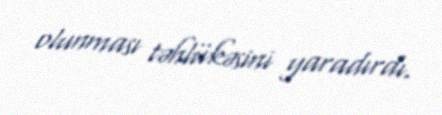
olunması təhlükəsini yaradırdı.